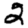
Digit: 2